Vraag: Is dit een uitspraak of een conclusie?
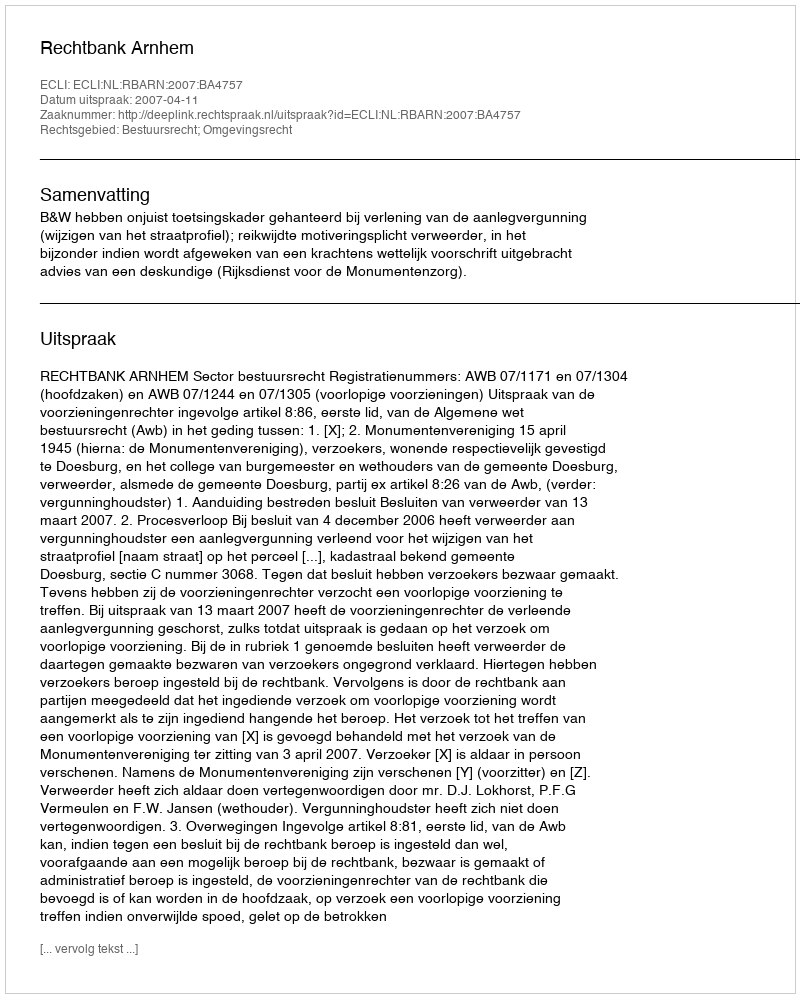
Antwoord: Uitspraak